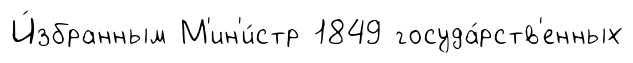
И́збранным М'ин'и́стр 1849 госуда́рств'енных